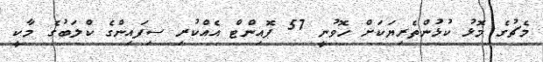
މެޗުގެ މޮޅު ކުޅުންތެރިޔަކަށް ހޮވުނީ 57 ޕޮއިންޓް އެއްކުރި ސިފައިންގެ ކްލަބުގެ މާކީ